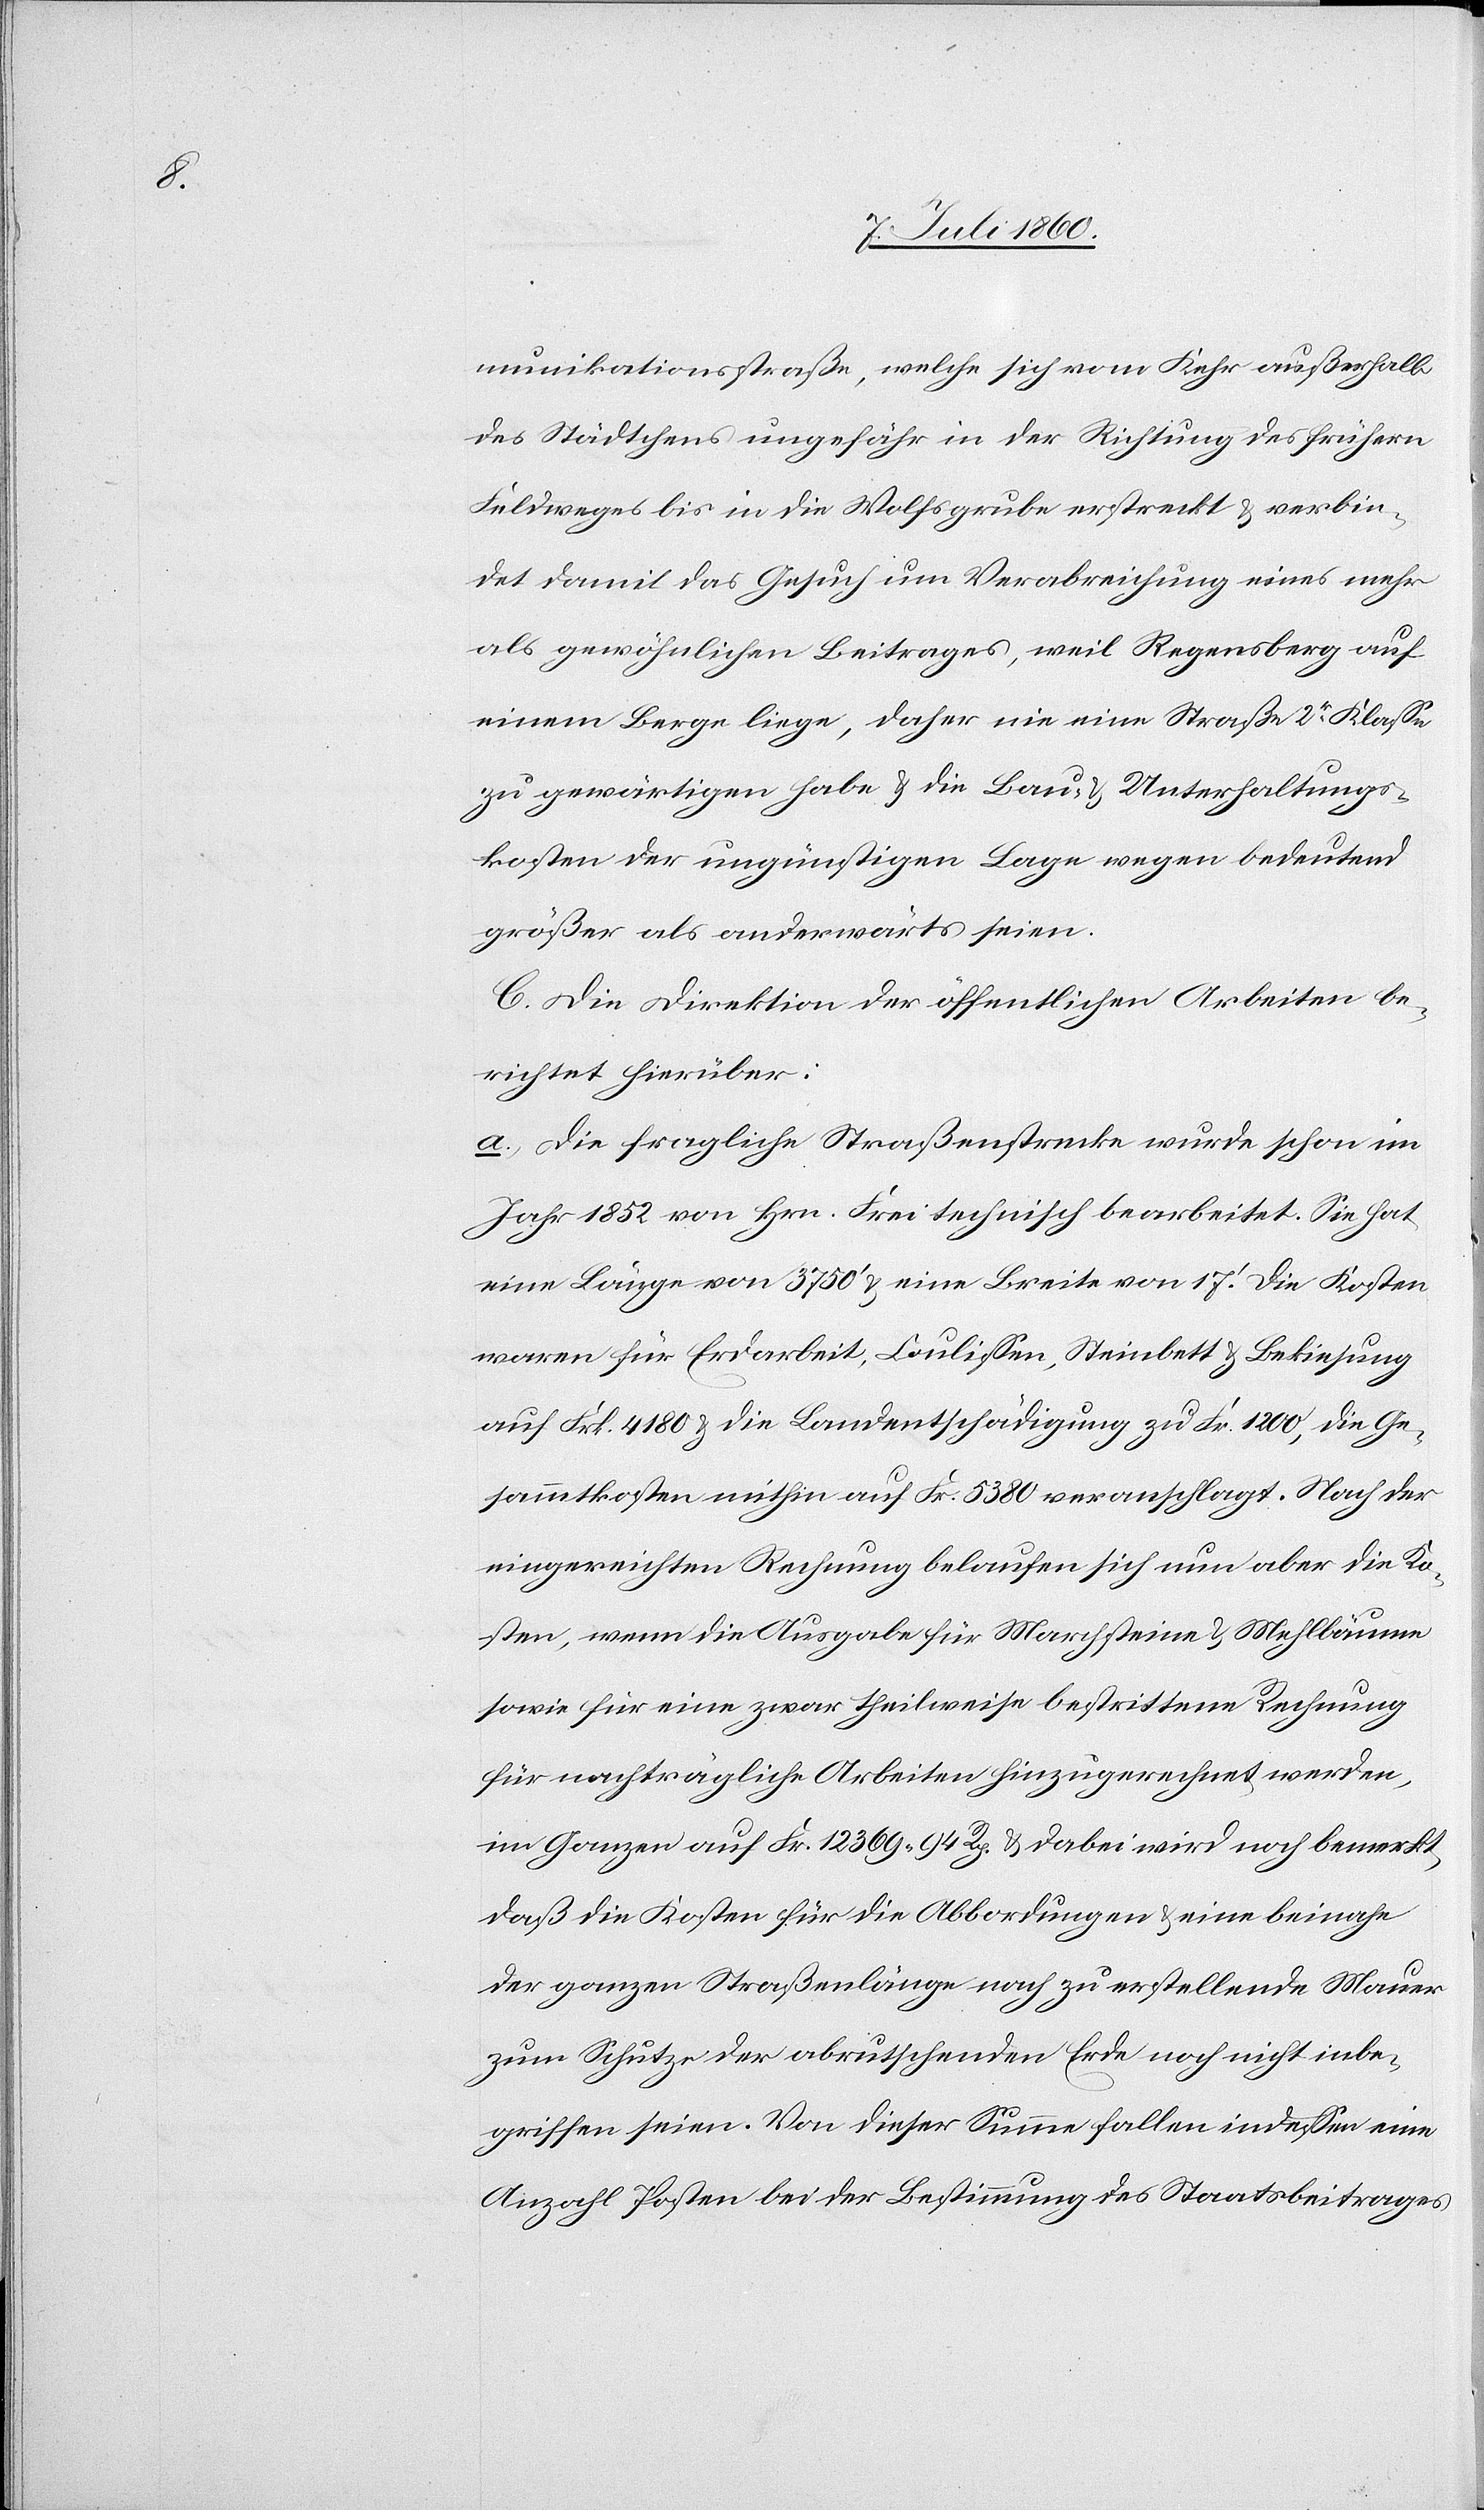
munikationsstraße, welche sich vom Kehr außerhalb
des Städtchens ungefähr in der Richtung des frühern
Feldweges bis in die Wolfsgrube erstreckt & verbin¬
det damit das Gesuch um Verabreichung eines mehr
als gewöhnlichen Beitrages, weil Regensberg auf
einem Berge liege, daher nie eine Straße 2r Klasse
zu gewärtigen habe & die Bau- & Unterhaltungs¬
kosten der ungünstigen Lage wegen bedeutend
größer als anderwärts seien.
C. Die Direktion der öffentlichen Arbeiten be¬
richtet hierüber:
a. die fragliche Straßenstrecke wurde schon im
Jahr 1852 von Hrn. Frei technisch bearbeitet. Sie hat
eine Länge von 3750’ & eine Breite von 17’. Die Kosten
waren für Erdarbeit, Coulissen, Steinbett & Bekiesung
auf Frk. 4180 & die Landentschädigung zu Fr. 1200, die Ge¬
sammtkosten mithin auf Fr. 5380 veranschlagt. Nach der
eingereichten Rechnung belaufen sich nun aber die Ko¬
sten, wenn die Ausgabe für Marchsteine & Mehlbäume
sowie für eine zwar theilweise bestrittene Rechnung
für nachträgliche Arbeiten hinzugerechnet werden,
im Ganzen auf Fr. 12 369. 94 Rp. & dabei wird noch bemerkt,
daß die Kosten für die Abbordungen & eine beinahe
der ganzen Straßenlänge nach zu erstellende Mauer
zum Schutze der abrutschenden Erde noch nicht inbe¬
griffen seien. Von dieser Summe fallen indessen eine
Anzahl Posten bei der Bestimmung des Staatsbeitrages